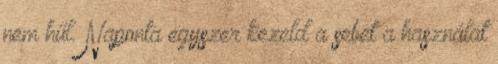
nem hűl. Naponta egyszer kezeld a sebet a használat